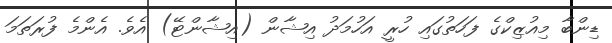
ޑިންބާ މިއުޒިކްގެ ފަހަތުގައި ހުރީ އަހުމަދު އިޝާން (އިޝާންޓޭ) އެވެ. އެންމެ ފުރަތަމަ